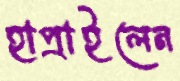
হাপ্‌রাইলেন